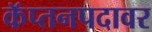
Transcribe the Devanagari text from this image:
कॅप्तनपदावर